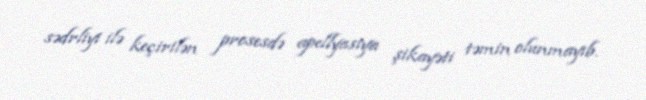
sədrliyi ilə keçirilən prosesdə apellyasiya şikayəti təmin olunmayıb.